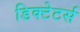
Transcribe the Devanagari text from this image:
डिक्टेटर्स